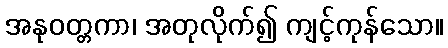
အနုဝတ္တကာ၊ အတုလိုက်၍ ကျင့်ကုန်သော။